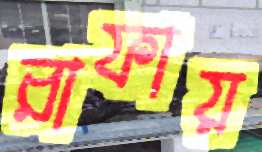
রাফায়